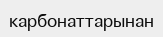
карбонаттарынан